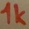
Text: 1k